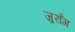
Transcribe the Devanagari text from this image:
जुराँग